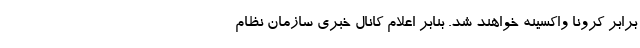
برابر کرونا واکسینه خواهند شد. بنابر اعلام کانال خبری سازمان نظام